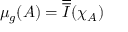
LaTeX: \mu _ { g } ( A ) = { \overline { { \overline { { I } } } } } ( \chi _ { A } )